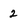
Character: 2